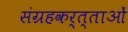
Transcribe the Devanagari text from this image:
संग्रहकर्त्ताओं